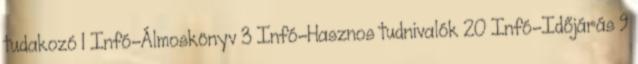
tudakozó 1 Infó-Álmoskönyv 3 Infó-Hasznos tudnivalók 20 Infó-Időjárás 9